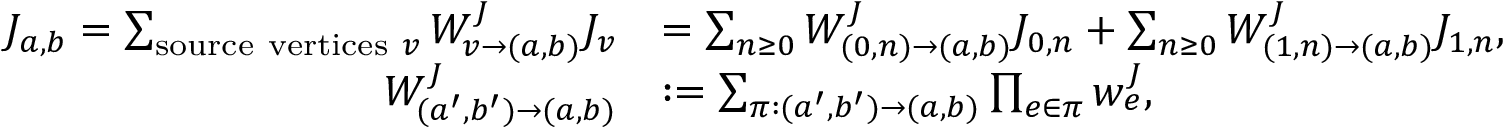
\begin{array} { r l } { J _ { a , b } = \sum _ { \mathrm { s o u r c e ~ v e r t i c e s ~ } v } W _ { v \to ( a , b ) } ^ { J } J _ { v } } & { = \sum _ { n \geq 0 } W _ { ( 0 , n ) \to ( a , b ) } ^ { J } J _ { 0 , n } + \sum _ { n \geq 0 } W _ { ( 1 , n ) \to ( a , b ) } ^ { J } J _ { 1 , n } , } \\ { W _ { ( a ^ { \prime } , b ^ { \prime } ) \to ( a , b ) } ^ { J } } & { : = \sum _ { \pi : ( a ^ { \prime } , b ^ { \prime } ) \to ( a , b ) } \prod _ { e \in \pi } w _ { e } ^ { J } , } \end{array}